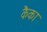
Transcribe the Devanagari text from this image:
कैका